Medical and sanitary report of the native army of Madras for the year
Year: 1876
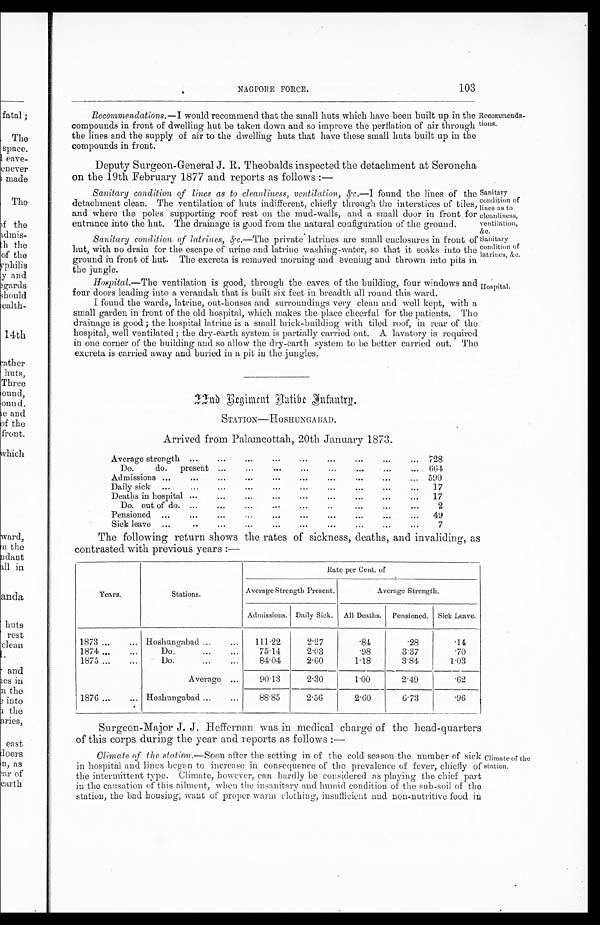
Sanitary
condition of
lines as to
cleanliness,
ventilation,
&c.
Sanitary
condition of
latrines, &c.
NAGPORE FORCE.
103
Recommendations.—I would recommend that the small huts which have been built up in the
compounds in front of dwelling hut be taken down and so improve the perflation of air through
the lines and the supply of air to the dwelling huts that have these small huts built up in the
compounds in front.
Deputy Surgeon-General J. R. Theobalds inspected the detachment at Seroncha
on the 19th February 1877 and reports as follows :-
Sanitary condition, of lines as to cleanliness, ventila,tion, &·e . — I f o u n d t h e l i n e s o f t h e
detachment clean. The ventilation of huts indifferent, chiefly through the interstices of tiles,
and where the poles supporting roof rest on the mud-walls, and a small door in front for
entrance into the hut. The drainage is good from the natural configuration of the ground.
Sanitary condition of latrines, &·c . — T h e p r i v a t e l a t r i n e s a r e s m a l l e n c l o s u r e s i n f r o n t o f
hut, with no drain for the escape of urine and latrine washing-water, so that it soaks into the
ground in front of hut. The excreta is removed morning and evening and thrown into pits in
the jungle.
Ho s p i t a l . —Th e v e n t i l a t i o n i s g o o d , t h r o u g h t h e e a v e s o f t h e b u i l d i n g , f o u r w i n d o w s a n d
four doors leading into a verandah that is built six feet in breadth all round this ward.
I found the wards, latrine, out-houses and surroundings very clean and well kept, with a,
small garden in front of the old hospital, which makes the place cheerful for the patients. The
drainage is good; the hospital latrine is a small brick-building with tiled roof, in rear of the
hospital, well ventilated; the dry-earth system is partially carried out. A lavatory is required
in one corner of the building and so allow the dry-earth system to be better carried out. no
excreta is carried away and buried in a pit in the jungles.
Recommenda-
tions.
Hospital.
2 2 n d R e g i m e n t N a t i v e I n f a n t r y .
STATION—HOSHUNGABAD.
Arrived from Palamcottah, 20th January 1873.
Average strength ...
...
...
...
...
...
...
...
... 728
Do.
do. presen
... ...
...
...
... 664
Admissions ...
...
...
...
...
... 590
Daily sick ......
...
...
...
...
.•
... 17
Deaths in hospital ...
...
...
...
...
...
...
...
... 17
Do. out of do. ...
•••
...
•.•
..
...
2
Pensioned ...
...
...
...
...
...
...
...
... 49
Sick leave ...
..
...
...
...
...
...
...
7
The following return shows the rates of sickness, deaths, and invaliding, as
contrasted with previous years:—
Year s.
Stations .
Average Strength
Admissions.
Rate
Present.
Daily Sick.
per Cent. of
All Deaths.
Average Strength.
Pensioned. Sick Leave.
1873 ...
... Hoshungabad ...
...
111.22
2·27
·81
·28
· 1 4
1874 ...
...
Do.
...
...
75.14
2.03
·98
3·87
·70
1875 ...
...
Do.
...
...
84.04
2.00
1·18
3·84
1·03
Average ...
90·13
2·30
1.00
2.49
·62
1876 ...
... Hoshungabad ...
...
88.85
2.56
2.00
6.73
.96
Surgeon-Major J. J. Heffernan was in medical charge of the head-quarters
of this corps during the year and reports as follows:—
Climate of the station.— Soon after the setting in of the cold season the number of sick
in hospital and lines began to increase in consequence of the prevalence of fever, chiefly of
the intermittent type. Climate, however, can hardly be considered as playing the chief part
in the causation of this ailment, when the insanitary and humid condition of the sub-soil of the
station, the bad housing, want of proper warm. clothing, insufficient and non-nutritive food in
Climate of the
station.